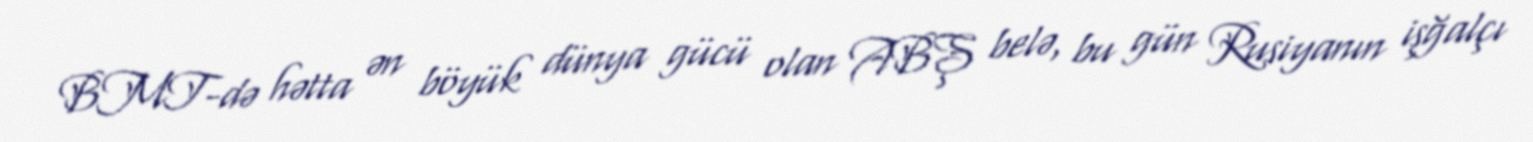
BMT-də hətta ən böyük dünya gücü olan ABŞ belə, bu gün Rusiyanın işğalçı